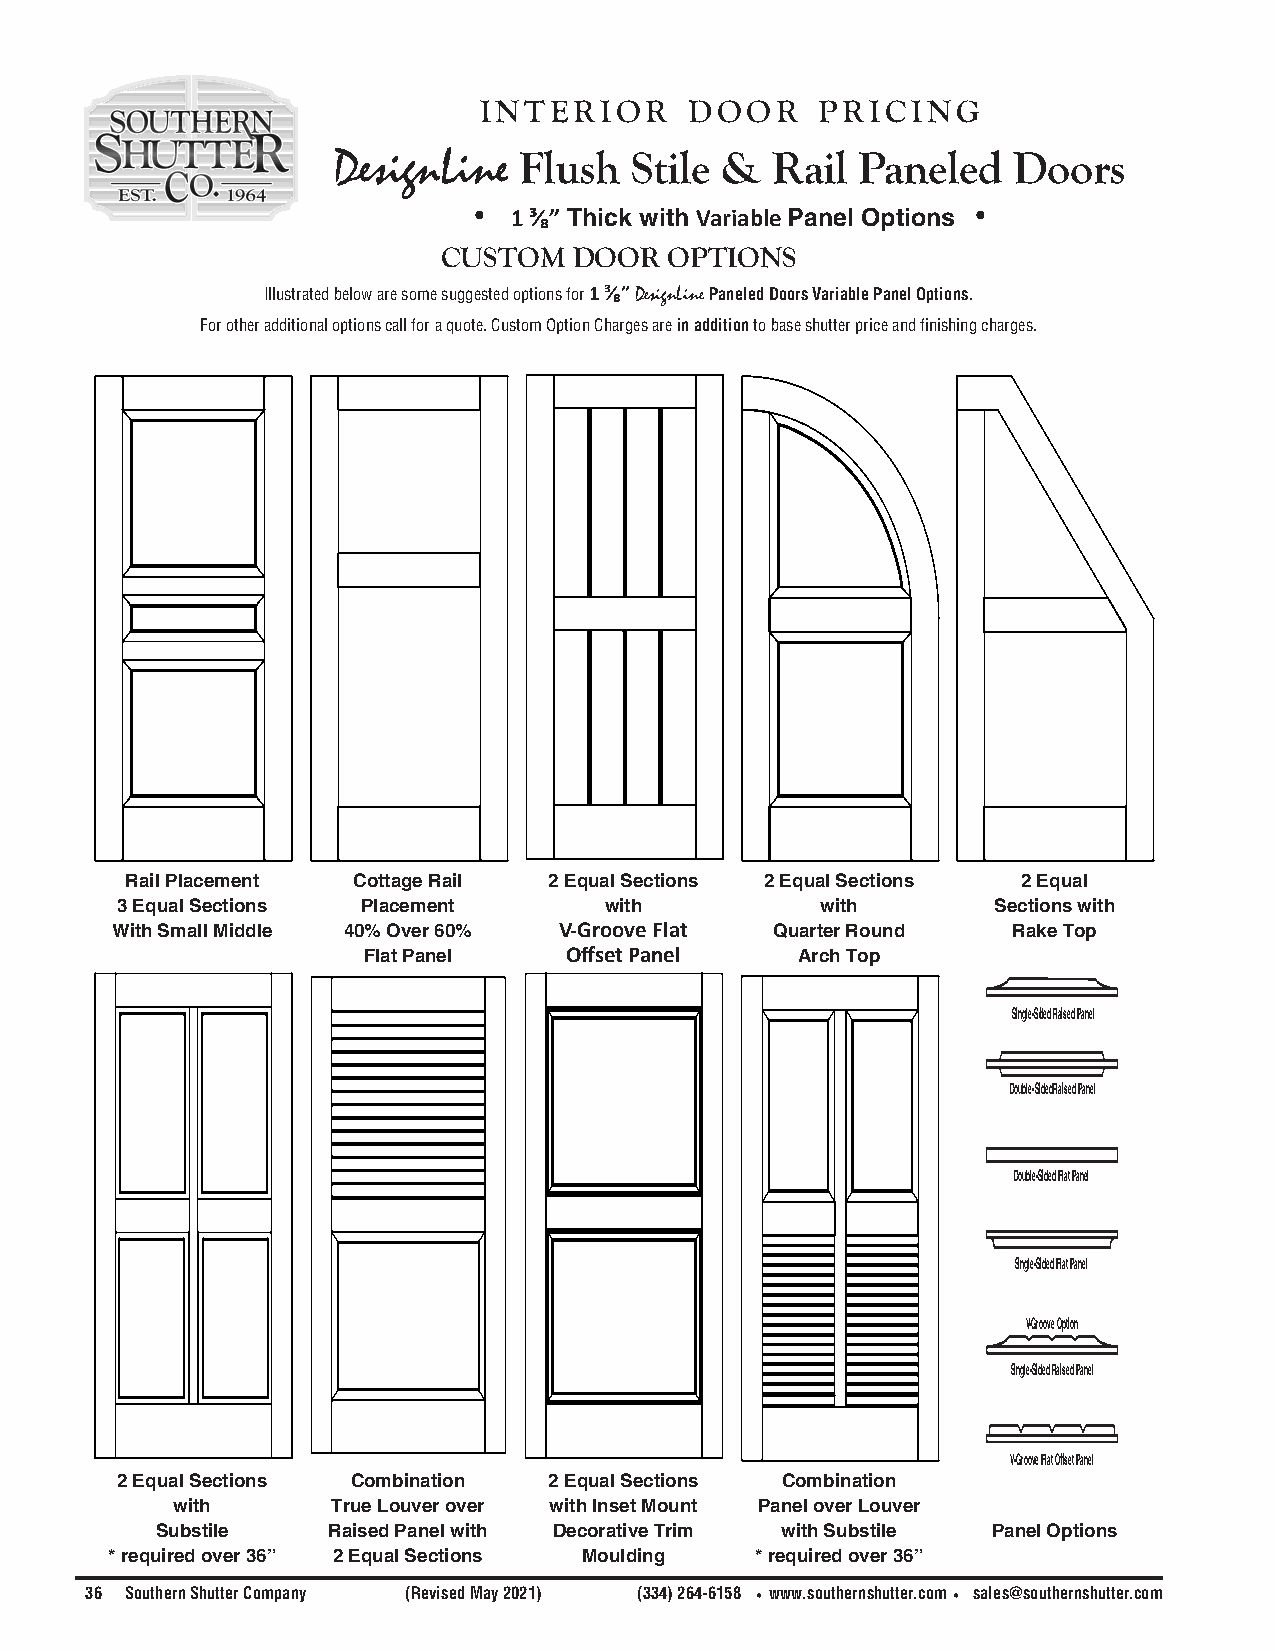
interior      door    pricing
 DesignLine  Flush   Stile &  Rail  Paneled   Doors
 •  1 ³⁄₈” Thick with Variable Panel Options •
 CUSTOM   DOOR  OPTIONS
 Illustrated below are some suggested options for 1 ³⁄₈” DesignLine Paneled Doors Variable Panel Options.
 For other additional options call for a quote. Custom Option Charges are in addition to base shutter price and finishing charges.
 Rail Placement Cottage Rail 2 Equal Sections 2 Equal Sections 2 Equal
 3 Equal Sections Placement      with          with        Sections with
 With Small Middle 40% Over 60% V-Groove Flat Quarter Round  Rake Top
 Flat Panel   Offset Panel    Arch Top
 Single-Sided Raised Panel
 Double-Sided Raised Panel
 Double-Sided Flat Panel
 Single-Sided Flat Panel
 V-Groove Option
 Single-Sided Raised Panel
 V-Groove Flat Offset Panel
 2 Equal Sections Combination 2 Equal Sections Combination
 with       True Louver over with Inset Mount Panel over Louver
 Substile    Raised Panel with Decorative Trim with Substile Panel Options
 * required over 36” 2 Equal Sections Moulding * required over 36”
 36 Southern Shutter Company (Revised May 2021) (334) 264-6158 •www.southernshutter.com• sales@southernshutter.com